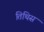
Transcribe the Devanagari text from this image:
तिथिस